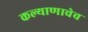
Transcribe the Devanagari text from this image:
कल्याणाचेच